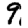
Digit: 9